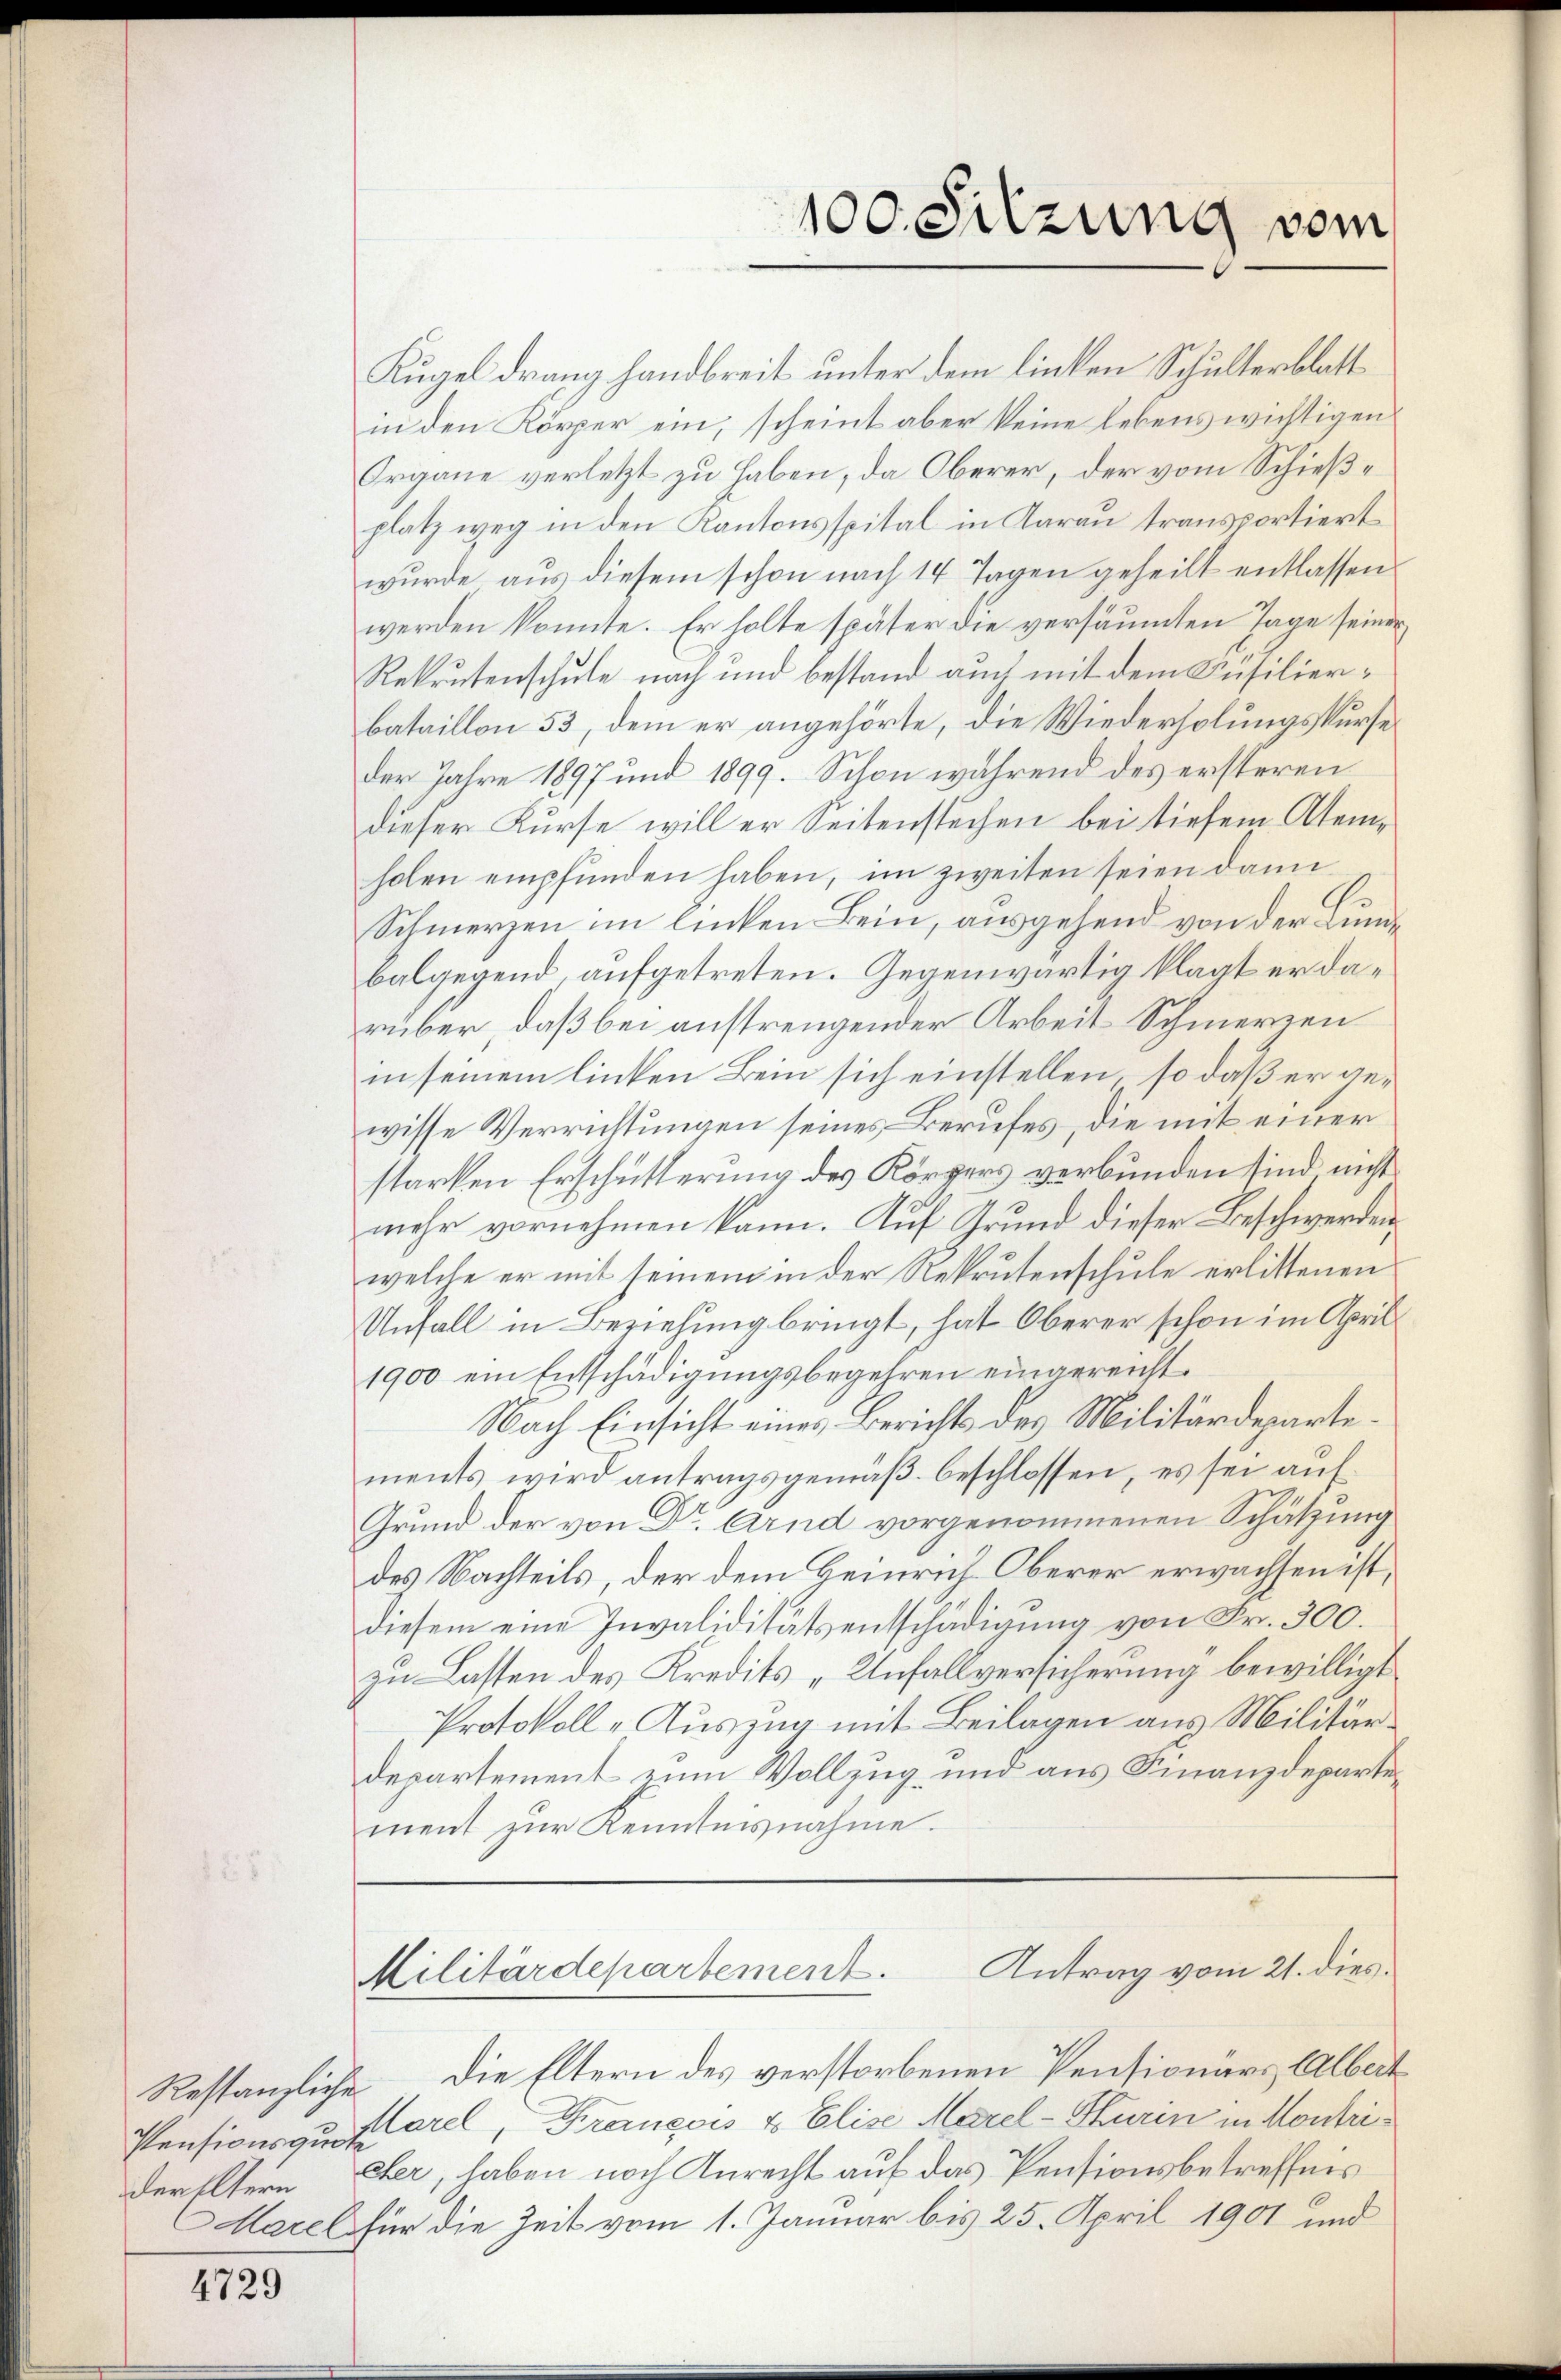
Restanzliche
Pensionsquote

4729

Kugel drang handbreit unter dem linken Schulterblatt
in den Körper ein, scheint aber keine lebens wichtigen
Organe verletzt zu haben, da Oberer, der vom Schießplatz weg in den Kantonsspital in Aarau transportiert
wurde aus diesem schon nach 14 Tagen geheilt entlassen
werden konnte. Er holte später die versäumten Tage seiner
Rekrutenschule nach und bestand auch mit dem Füsilierbataillon 53, dem er angehörte, die Wiederholungskurse
der Jahre 1897 und 1899. Schon während des ersteren
dieser Kurse will er Seitenstechen bei tiefem Atemholen empfunden haben, im zweiten seien dann
Schmerzen im linken Bein, ausgehend von der Lunbalgegend, aufgetreten. Gegenwärtig klagt er darüber, daß bei anstrengender Arbeit Schmerzen
in seinem linken Bein sich einstellen, so daß er gewisse Verrichtungen seines Berufes, die mit einer
starken Erschütterung des Körpers verbunden sind nicht
mehr vornehmen kann. Auf Grund dieser Beschwerden,
welche er mit seinem in der Rekrutenschule erlittenen
Unfall in Beziehung bringt, hat Oberer schon im April
1900 ein Entschädigungsbegehren eingereicht¬
Nach Einsicht eines Berichts des Militärdepartements wird antragsgemäß beschlossen, es sei auf¬
Grund der von Dr. Arnd vorgenommenen Schätzung
des Nachteils, der dem Heinrich Oberer erwachsen ist,
diesem eine Invaliditätsentschädigung von Fr. 300.
zu Lasten des Kredits „Unfallversicherung bewilligt
Protokoll-Auszug mit Beilagen aus Militärdepartement zum Vollzug und aus Finanzdepartement zur Kenntnisnahme.
Antrag vom 21. dies.
Militärdepartement.
Die Eltern des verstorbenen Pensionärs Albert
Marel, Krancois & Elise Marel-Hurin in Montrider Eltern Eher, haben noch Anrecht auf das Pensionsbetreffnis
Marel für die Zeit vom 1. Januar bis 25. April 1901 und

100. Sitzung vom